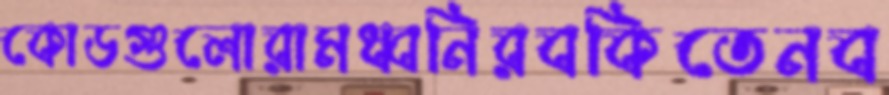
কোডগুলোরামধ্বনিরবকিতেনব